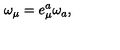
\omega _ { \mu } = e _ { \mu } ^ { a } \omega _ { a } { , }